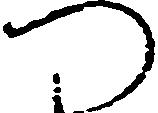
つ